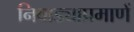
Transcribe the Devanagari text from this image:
निवाड्याप्रमाणें